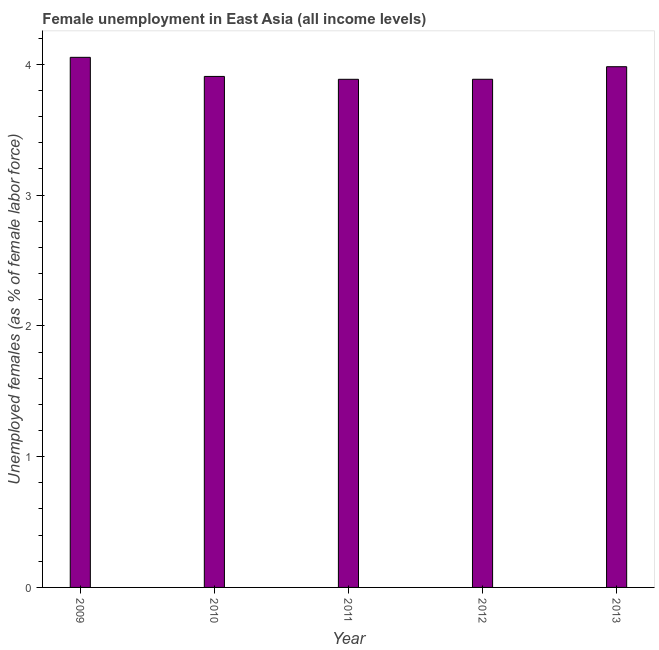
| Year | Unemployment |
 | --- | --- |
 | 2009 | 4.05 |
 | 2010 | 3.91 |
 | 2011 | 3.89 |
 | 2012 | 3.89 |
 | 2013 | 3.98 |